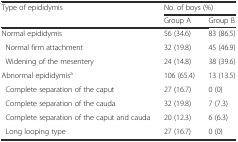
| <ROWSPAN=2> Type of epididymis | <COLSPAN=2> No. of boys (%) |
 | Group A | Group B |
 | --- | --- | --- |
 | Normal epididymis | 56 (34.6) | 83 (86.5) |
 | Normal firm attachment | 32 (19.8) | 45 (46.9) |
 | Widening of the mesentery | 24 (14.8) | 38 (39.6) |
 | Abnormal epididymisa | 106 (65.4) | 13 (13.5) |
 | Complete separation of the caput | 27 (16.7) | 0 (0) |
 | Complete separation of the cauda | 32 (19.8) | 7 (7.3) |
 | Complete separation of the caput and cauda | 20 (12.3) | 6 (6.3) |
 | Long looping type | 27 (16.7) | 0 (0) |